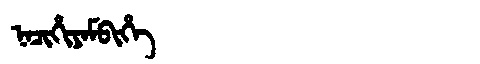
Manchu: ᠨᠠᠴᡳᡥᡳᠶᠠᠮᠪᡳᡥᡝ
Romanization: NACIHIYAMBIHE